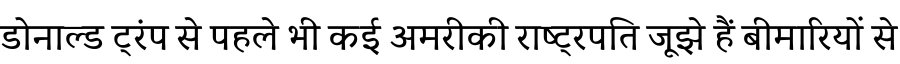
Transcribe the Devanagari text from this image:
डोनाल्ड ट्रंप से पहले भी कई अमरीकी राष्ट्रपति जूझे हैं बीमारियों से